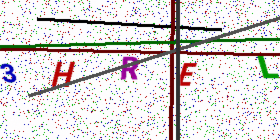
Text: 3HREL